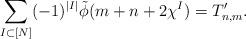
LaTeX: \begin{align*}\sum_{I\subset[N]}(-1)^{|I|} \tilde{\phi}(m+n+2\chi^I) = T_{n,m}'.\end{align*}